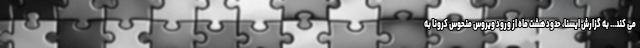
می کند... به گزارش ایسنا، حدود هشت ماه از ورود ویروس منحوس کرونا به